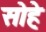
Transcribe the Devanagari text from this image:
सोहे